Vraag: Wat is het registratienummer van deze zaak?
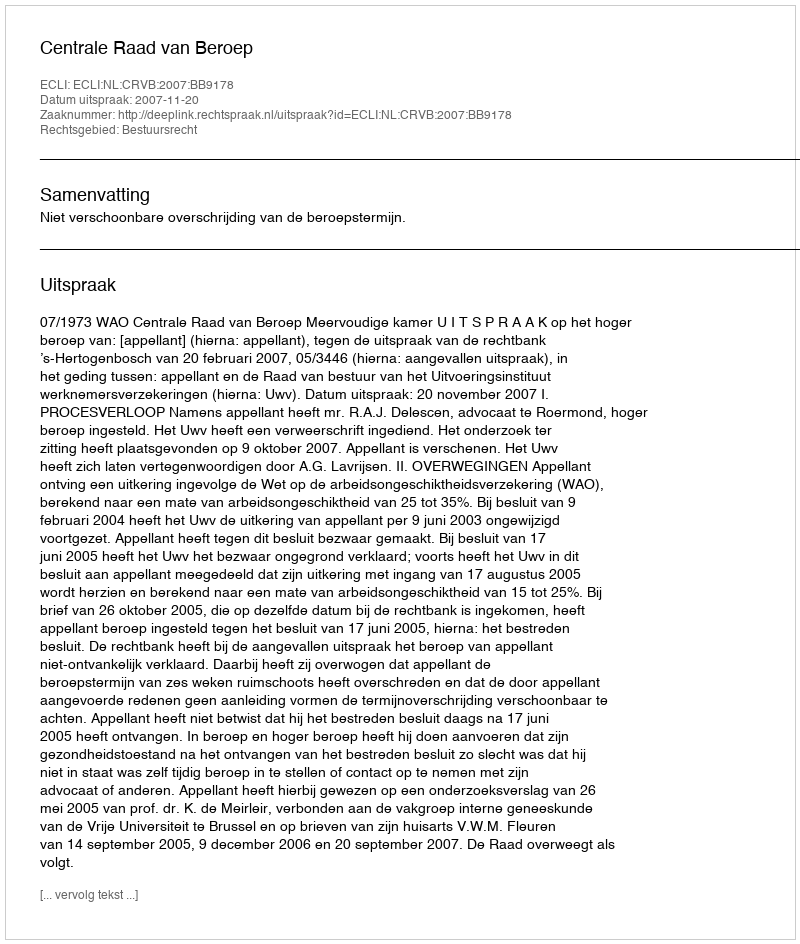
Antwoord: http://deeplink.rechtspraak.nl/uitspraak?id=ECLI:NL:CRVB:2007:BB9178